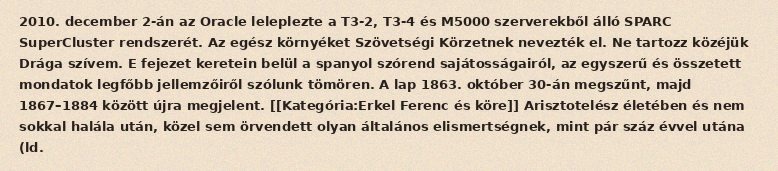
2010. december 2-án az Oracle leleplezte a T3-2, T3-4 és M5000 szerverekből álló SPARC SuperCluster rendszerét. Az egész környéket Szövetségi Körzetnek nevezték el. Ne tartozz közéjük Drága szívem. E fejezet keretein belül a spanyol szórend sajátosságairól, az egyszerű és összetett mondatok legfőbb jellemzőiről szólunk tömören. A lap 1863. október 30-án megszűnt, majd 1867–1884 között újra megjelent. [[Kategória:Erkel Ferenc és köre]] Arisztotelész életében és nem sokkal halála után, közel sem örvendett olyan általános elismertségnek, mint pár száz évvel utána (ld.